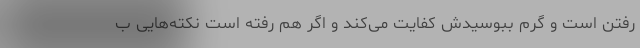
رفتن است و گرم ببوسیدش کفایت می‌کند و اگر هم رفته است نکته‌هایی ب